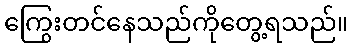
ကြွေးတင်နေသည်ကိုတွေ့ရသည်။